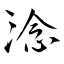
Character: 淰